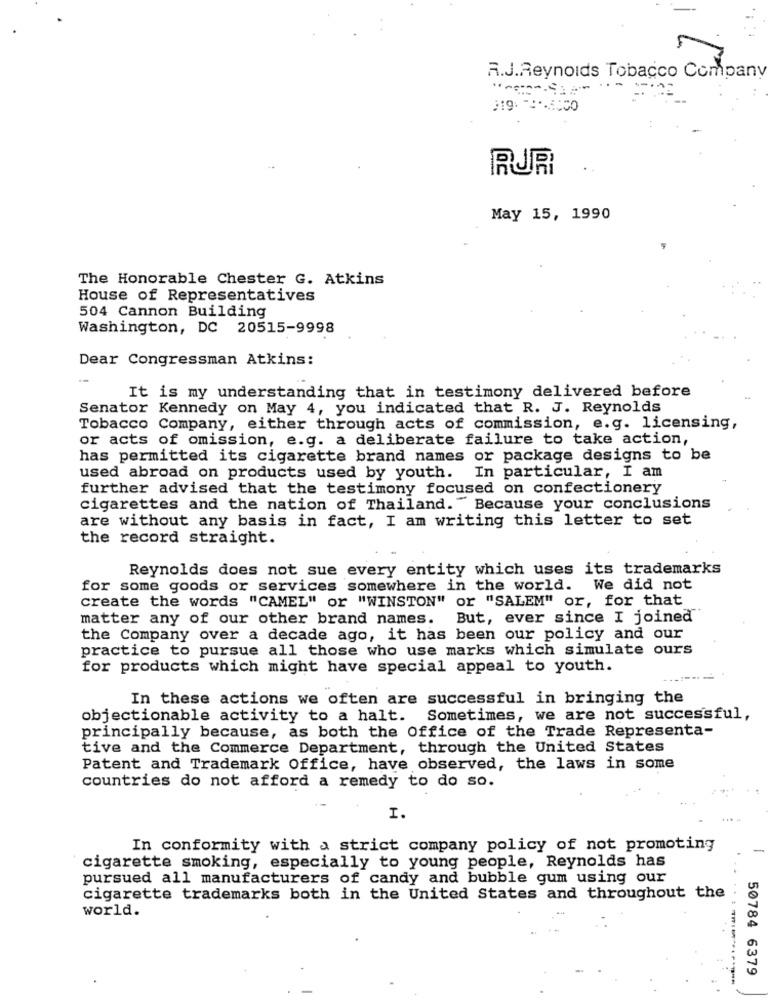
A.J.Reynolds Tobacco Company
May 15, 1990
The Honorable Chester G. Atkins
House of Representatives
504 Cannon Building
Washington, DC 20515-9998
Dear Congressman Atkins:
It is my understanding that in testimony delivered before
Senator Kennedy on May 4, you indicated that R. J. Reynolds
Tobacco Company, either through acts of commission, e.g. licensing,
or acts of omission, e.g. a deliberate failure to take action,
has permitted its cigarette brand names or package designs to be
used abroad on products used by youth.
In particular, I am
further advised that the testimony focused on confectionery
cigarettes and the nation of Thailand. " Because your conclusions
are without any basis in fact, I am writing this letter to set
the record straight.
Reynolds does not sue every entity which uses its trademarks
for some goods or services somewhere in the world. We did not
create the words "CAMEL" or "WINSTON" or "SALEM" or, for that
matter any of our other brand names. But, ever since I joined"
the Company over a decade ago, it has been our policy and our
practice to pursue all those who use marks which simulate ours
for products which might have special appeal to youth.
In these actions we often are successful in bringing the
objectionable activity to a halt. Sometimes, we are not successful,
principally because, as both the Office of the Trade Representa-
tive and the Commerce Department, through the United States
Patent and Trademark Office, have observed, the laws in some
countries do not afford a remedy to do so.
I.
In conformity with a strict company policy of not promoting
cigarette smoking, especially to young people, Reynolds has
pursued all manufacturers of candy and bubble gum using our
cigarette trademarks both in the United States and throughout the
world.
50784 6379
----